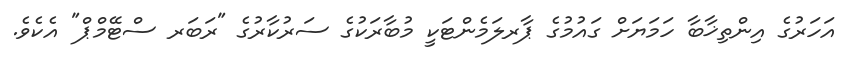
އަހަރުގެ އިންތިޚާބާ ހަމަޔަށް ގައުމުގެ ޕާރލަމެންޓަކީ މުބާރަކުގެ ސަރުކާރުގެ "ރަބަރ ސްޓޭމްޕް" އެކެވެ.